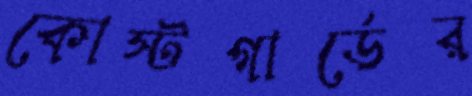
কোস্টগার্ডের